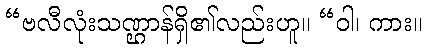
“ဗလီလုံးသဏ္ဌာန်ရှိ၏လည်းဟူ။ “ဝါ၊ ကား။